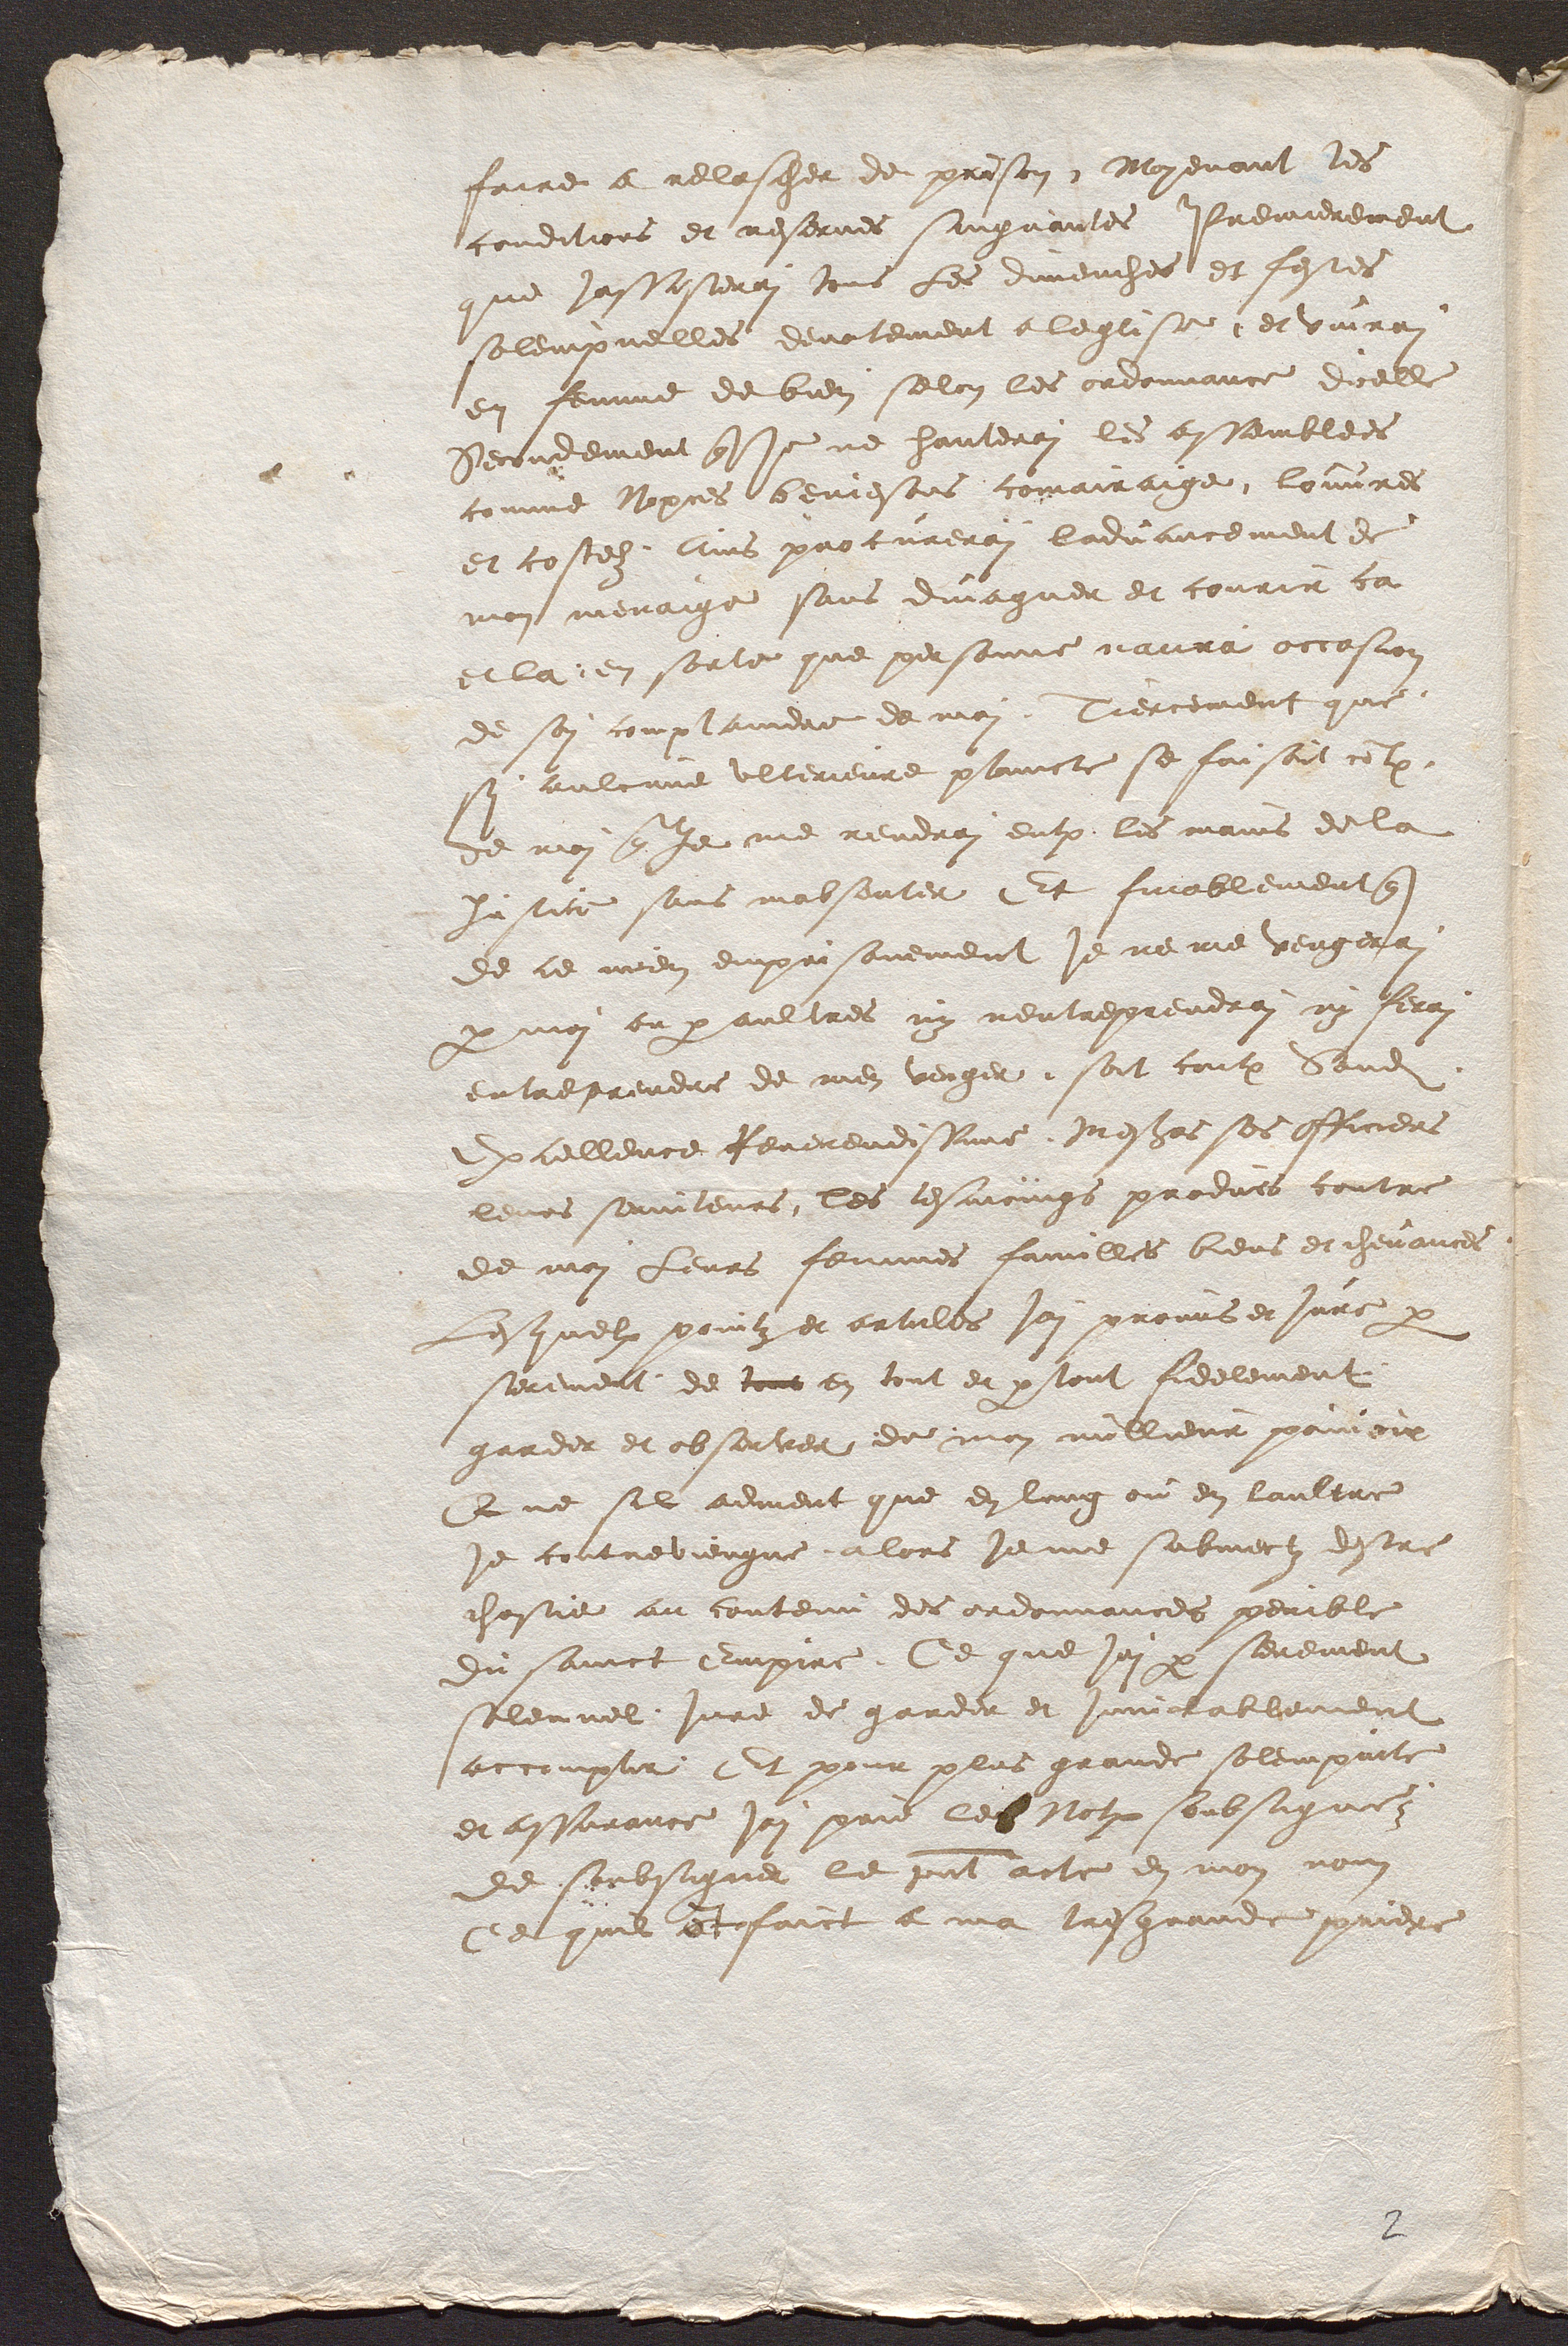
faire a relascher de prison, Moyenant les
 conditions et reserves suigvantes Premierement
 que jassisterai tous Les dimenches et festes
 solempnelles devotement a leglise, et vivrai
en femme de bien selon les ordonnance dicelle
Secondement que je ne hanterai les assemblees
comme Nopces beniesons comairaige, louvres
et costelz, Ains procurerai ladvancement de
mon menaige sans divaguer de courir ca
et la, en sorte que personne naura occasion
de soi complaindre de moi. Tiercement que
 si aulcune ulterieure plaincte se faisoit contre
 de moi que Je me rendrai entre les mains de la
Justice sans mabsenter Et finablement que
 de ce mien emprisonement je ne me vengerai
par moi ou par aultres ny entreprendrai ny ferai
entreprendre de men venger, soit contre Sondit
Excellence Reverendissime, Messieurs ses officiers
 leurs serviteurs, les tesmoings produis contre
de moi Leurs femmes familles biens et chevances.
 Lesquelx pointz et articles jai promis et jure par
serement de tout en tout de par tout fidelement
garder et observer de mon millieur pouvoir
Que sil advient que en lung ou en laultre
je contreviengne, alors je me submectz destre
 chastie au contenu des ordonnances penible
du sainct Empire, Ce que jai par serement
solennel, jure de garder et inviolablement
accomplir Et pour plus grande solempnite
et assurance jai prie le Notaire soubsigne,
de soubsigner le present acte en mon nom
Ce quil at faict a ma tres grande priere